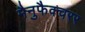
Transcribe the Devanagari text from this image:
मैनुफैक्चरर